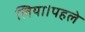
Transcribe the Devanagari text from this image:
लिया।पहले